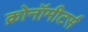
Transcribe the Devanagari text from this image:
क्रोनॉमीटर्स